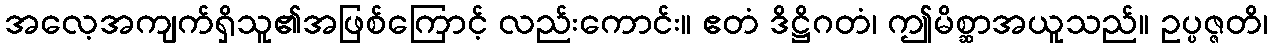
အလေ့အကျက်ရှိသူ၏အဖြစ်ကြောင့် လည်းကောင်း။ ဧတံ ဒိဋ္ဌိဂတံ၊ ဤမိစ္ဆာအယူသည်။ ဥပ္ပဇ္ဇတိ၊